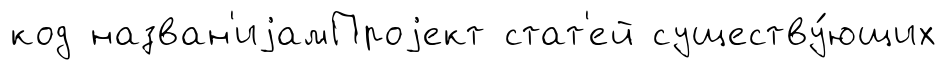
код назван'иjамПроjект стат'ей существу́ющих